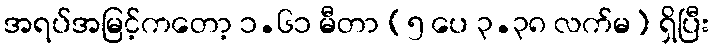
အရပ်အမြင့်ကတော့ ၁.၆၁ မီတာ (၅ ပေ ၃.၃၈ လက်မ) ရှိပြီး